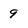
Character: 9